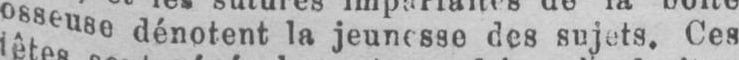
osseuse dénotent la jeunesse des sujets. Ces